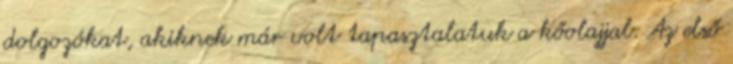
dolgozókat, akiknek már volt tapasztalatuk a kőolajjal. Az első